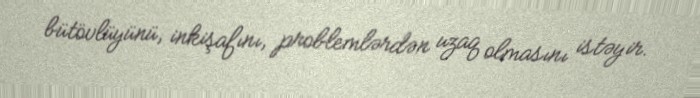
bütövlüyünü, inkişafını, problemlərdən uzaq olmasını istəyir.